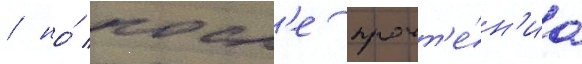
/ но́ посл'е прочт'е́н'иа